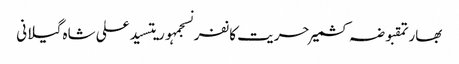
بھارتمقبوضہ کشمیرحریت کانفرنسجمہوریتسید علی شاہ گیلانی